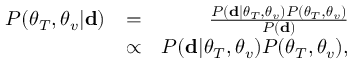
\begin{array} { r l r } { P ( \boldsymbol { \theta } _ { T } , \boldsymbol { \theta } _ { v } | \mathbf { d } ) } & { = } & { \frac { P ( \mathbf { d } | \boldsymbol { \theta } _ { T } , \boldsymbol { \theta } _ { v } ) P ( \boldsymbol { \theta } _ { T } , \boldsymbol { \theta } _ { v } ) } { P ( \mathbf { d } ) } } \\ & { \propto } & { P ( \mathbf { d } | \boldsymbol { \theta } _ { T } , \boldsymbol { \theta } _ { v } ) P ( \boldsymbol { \theta } _ { T } , \boldsymbol { \theta } _ { v } ) , } \end{array}